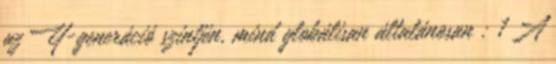
az Y-generáció szintjén, mind globálisan általánosan : 1 A